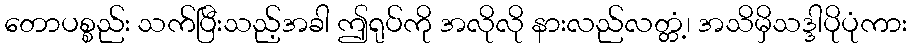
တောပစ္စည်း သက်ပြီးသည့်အခါ ဤရုပ်ကို အလိုလို နားလည်လတ္တံ့၊ အသိမှိသဒ္ဒါပိုပုံကား